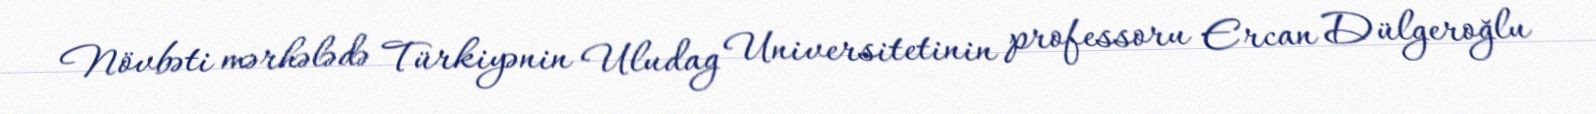
Növbəti mərhələdə Türkiyənin Uludag Universitetinin professoru Ercan Dülgeroğlu